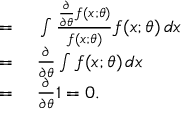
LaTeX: \begin{array} { r l } { = { } } & { { } \int { \frac { { \frac { \partial } { \partial \theta } } f ( x ; \theta ) } { f ( x ; \theta ) } } f ( x ; \theta ) \, d x } \\ { = { } } & { { } { \frac { \partial } { \partial \theta } } \int f ( x ; \theta ) \, d x } \\ { = { } } & { { } { \frac { \partial } { \partial \theta } } 1 = 0 . } \end{array}